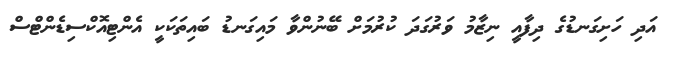
އަދި ހަށިގަނޑުގެ ދިފާއީ ނިޒާމު ވަރުގަދަ ކުރުމަށް ބޭނުންވާ މައިގަނޑު ބައިތަކަކީ އެންޓިއޮކްސިޑެންޓްސް